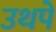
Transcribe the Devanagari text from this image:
उथपे